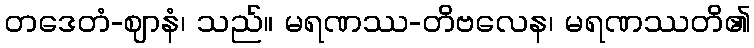
တဒေတံ-ဈာနံ၊ သည်။ မရဏဿ-တိဗလေန၊ မရဏဿတိ၏